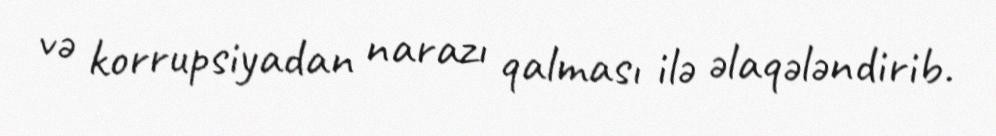
və korrupsiyadan narazı qalması ilə əlaqələndirib.